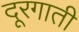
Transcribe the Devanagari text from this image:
दूरगाती